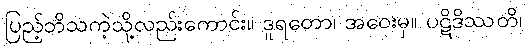
ပြည့်ဘိသကဲ့သို့လည်းကောင်း။ ဒူရတော၊ အဝေးမှ။ ပဋိဒိဿတိ၊